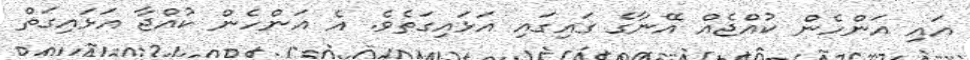
އައި އަންހެން ކުއްޖެއް އޭނާގެ ގައިގައި އަޅައިގަތެވެ. އެ އަންހެން ކުއްޖާ އަޅައިގަތް